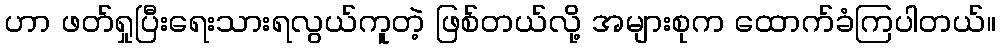
ဟာ ဖတ်ရှုပြီးရေးသားရလွယ်ကူတဲ့ ဖြစ်တယ်လို့ အများစုက ထောက်ခံကြပါတယ်။